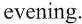
evening.